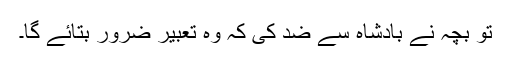
تو بچہ نے بادشاہ سے ضد کی کہ وہ تعبیر ضرور بتائے گا۔